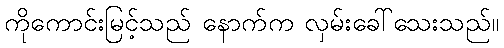
ကိုကောင်းမြင့်သည် နောက်က လှမ်းခေါ်သေးသည်။